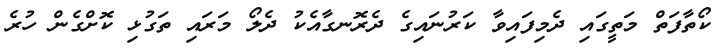
ކޯތާފަތް މަތީގައި ދެމިފައިވާ ކަރުނައިގެ ދެރޮނގާއެކު ދެލޯ މަރައި ތަގުޅި ކޮށްގެން ހުރެ